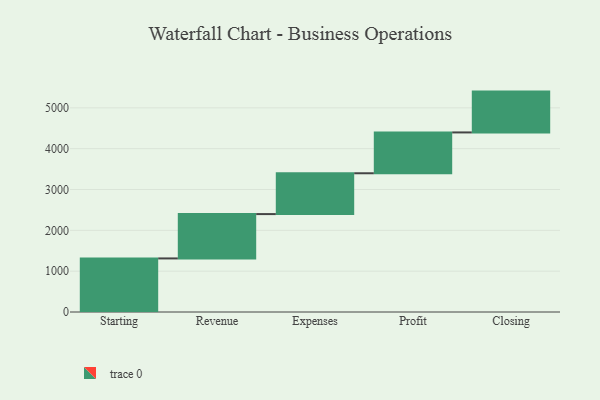
{"axis": {"x": "Step", "y": "Value"}, "legend": [""], "data": [{"x": "Starting", "y": 1312.0, "type": ""}, {"x": "Revenue", "y": 1086.0, "type": ""}, {"x": "Expenses", "y": 1000, "type": ""}, {"x": "Profit", "y": 1000, "type": ""}, {"x": "Closing", "y": 1000, "type": ""}]}